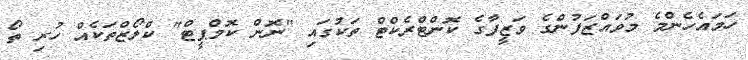
ހަމައެހެންމެ މުވައްޒަފުންގެ ވަޒީފާގެ ކޮންޓްރެކްޓް ތަކުގައި "ނޮން ކޮމްޕީޓް" ކްލޯޒްތަކެއް ހުރި ތޯ